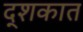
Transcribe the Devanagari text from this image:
द्शकात